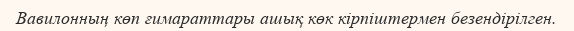
Вавилонның көп ғимараттары ашық көк кірпіштермен безендірілген.